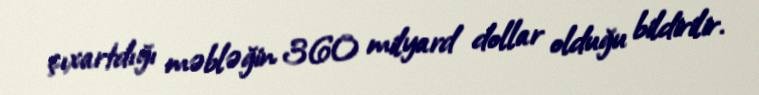
çıxartdığı məbləğin 360 milyard dollar olduğu bildirilir.